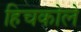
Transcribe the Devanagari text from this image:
हिचकोले